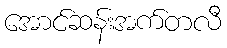
အောင်ဆန်းအက်တလီ